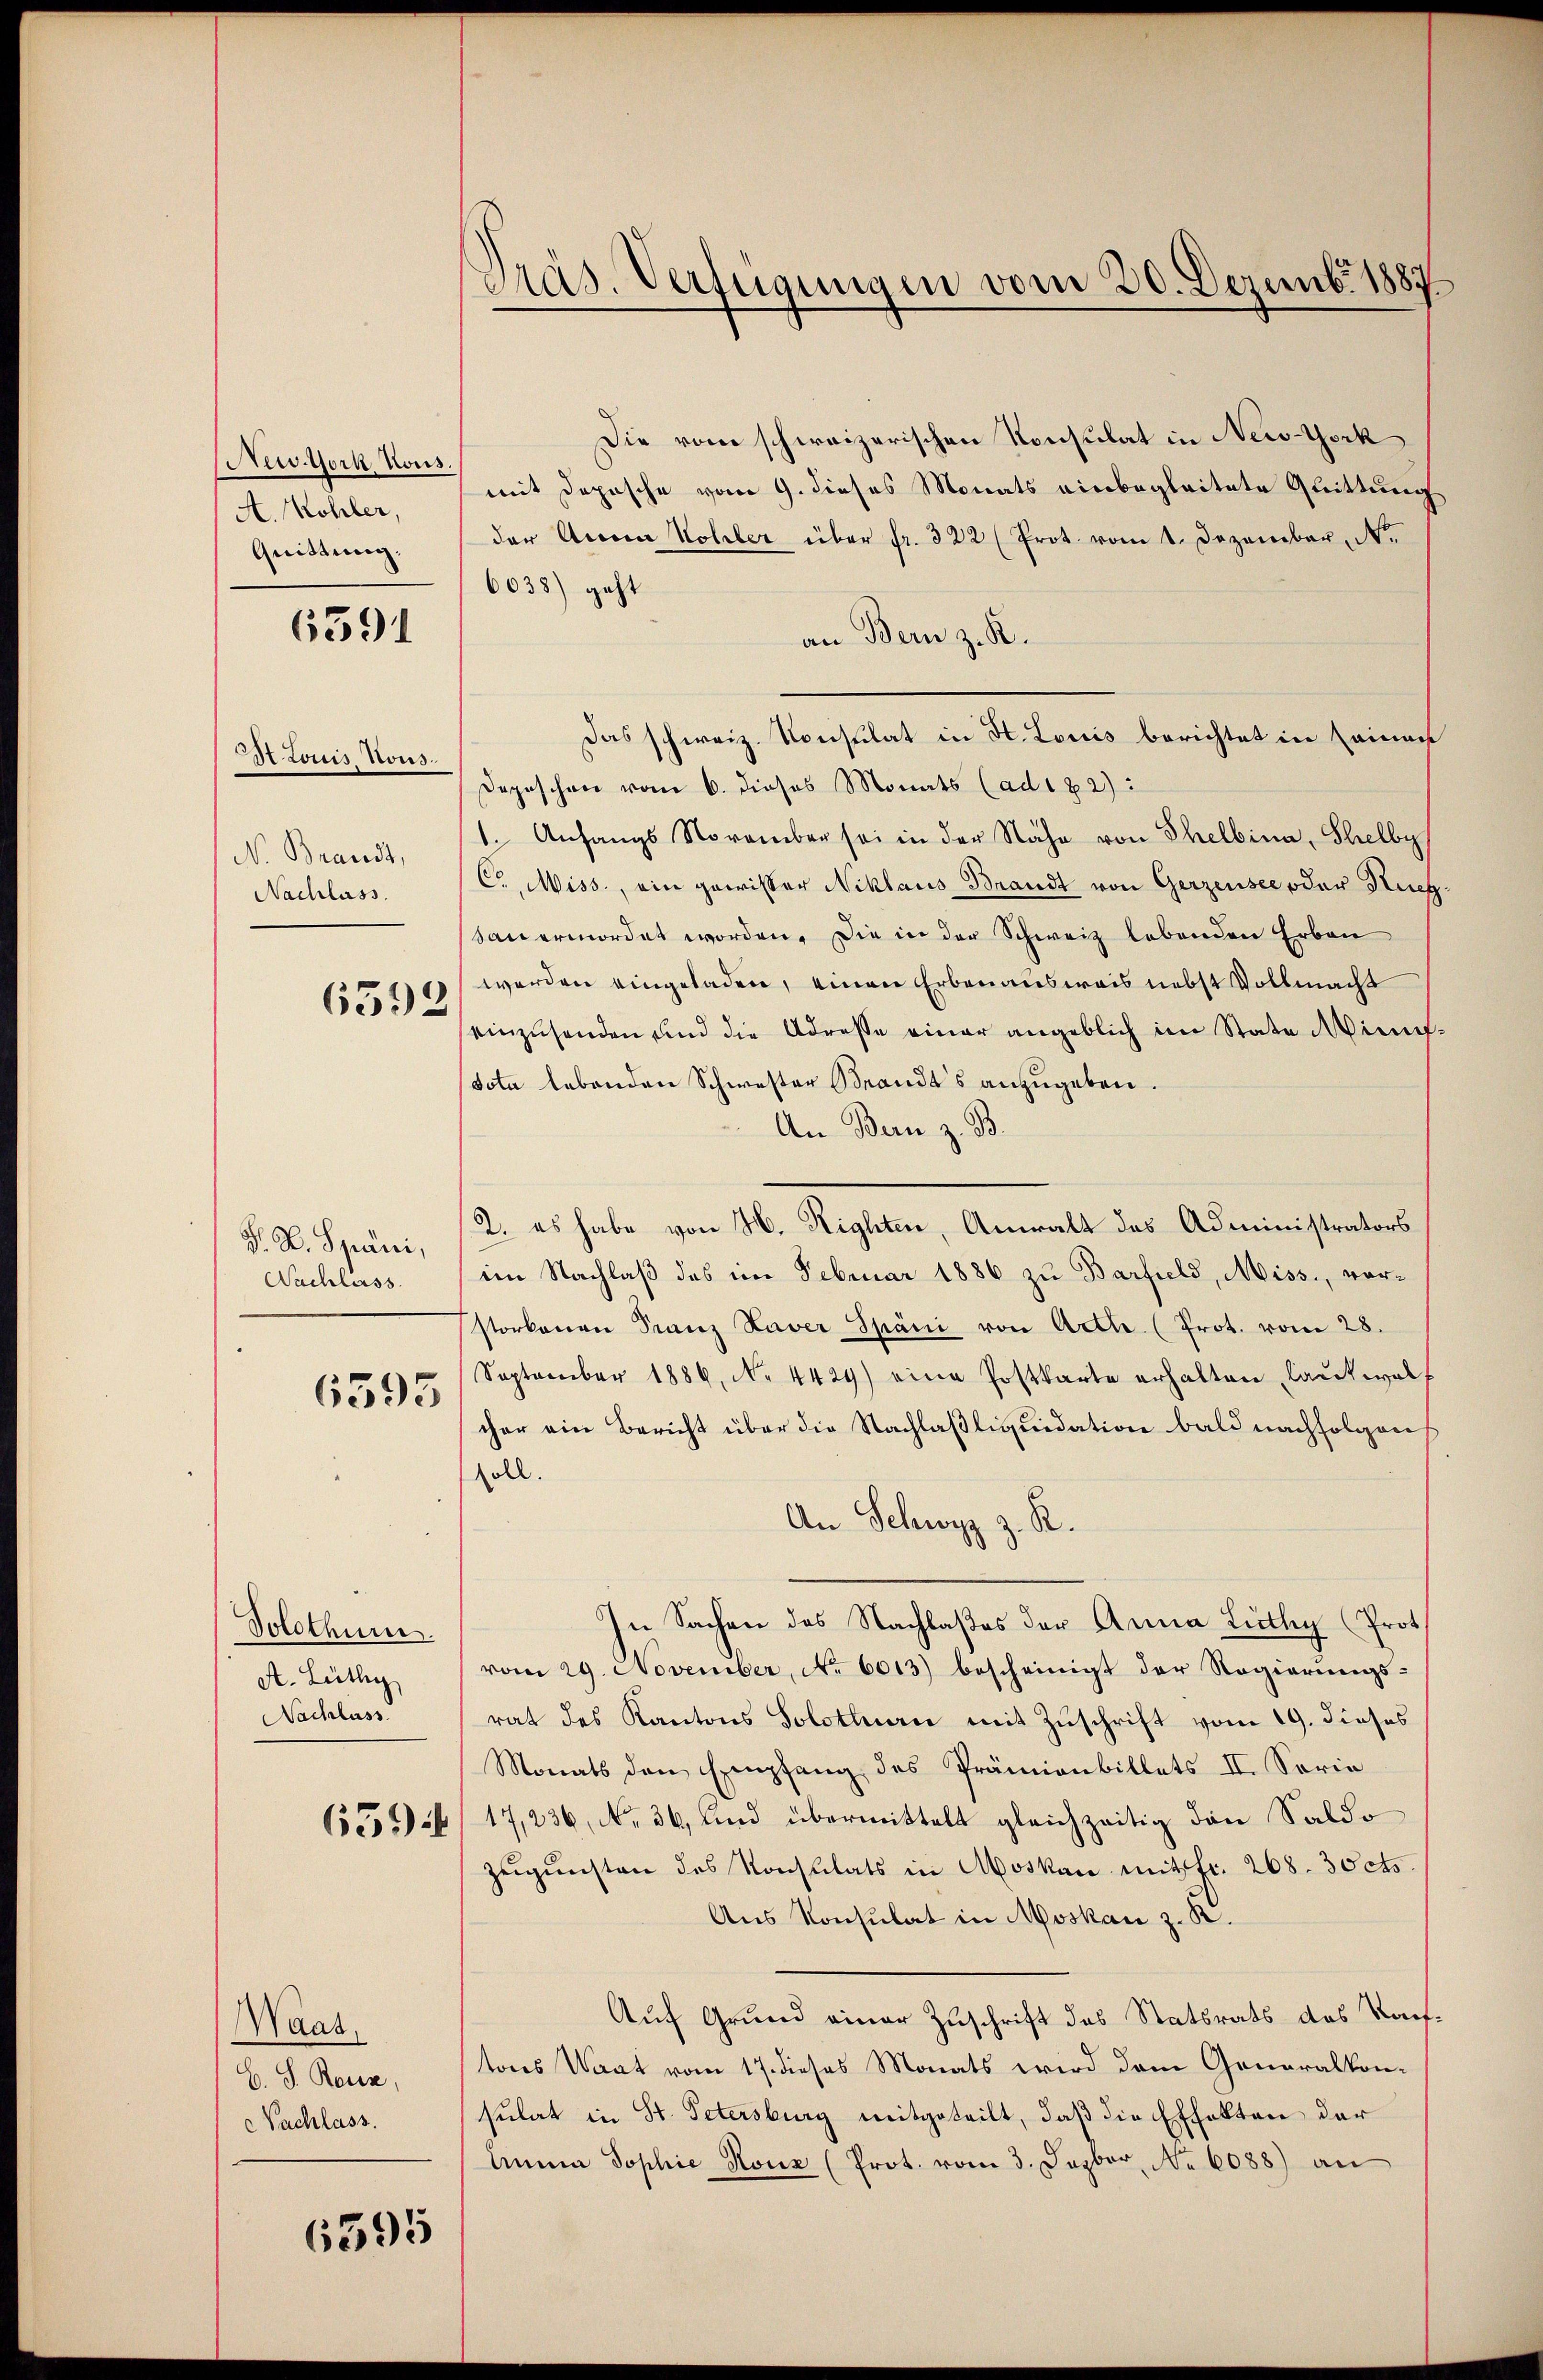
New York Kous.
A. Kohler,
Quittung.

6391

St Louis Nous.
N. Brandt,
Nachlass.

6592

S. K. Spani,
Nachlass

6395

Solothum.
A. Lüthy
Nachlass

Waat,
C. S. Reue,
Nachlass.

Die vom schweizerischen Konsulat in New-York
mit Depesche vom 9. dieses Monats einbegleitete Quittung
der Anna Kohler über fr. 322 (Prot. vom 1. Dezember Nr.
6038) geht
an Bern z. K.
Das schweiz. Konsulat in St. Louis berichtet in seinan
Depeschen vom 6. dieses Monats (ad182):
1. Anfangs November sei in der Nähe von Schelbina, Schelby
C. Miss, ein gewisser Niklaus Brandt von Gerzensee oder Nie
sau ermordet worden. Die in der Schweiz lebenden Erben
werden eingeladen, einen Erbenausweis nebst Vollmacht
einzŭsenden und die Adresse einer angeblich im State Mini-
sota lebenden Schwester Brandts anzugeben.
An Bern z. B.
2. es habe von H. Righten, Anwalt des Administrators
im Nachlaß des im Februar 1886 zu Barfield, Miss, vorstorbenen Franz Xaver Spani von Arth (Prot. vom 28.
September 1886, No. 4429) eine Postkarte erhalten, laut woll
cher ein Bericht über die Nachlaßliquidation bald nachfolgen
soll.
An Schwyz z. R.
In Sachen des Nachlaßes der Anna Lüthy (Prot
vom 29. November, No 6013) bescheinigt der Regierungs-
rat des Kantons Solothurn mit Zuschrift vom 19. dieses
Monats den Empfang des Prämienbillets II. Serie
65556/17,236, No. 36, und übermittelt gleichzeitig dann Saldo
Zŭgŭnsten des Konsulats in Moskau mit fr. 268. 30 cts.
Aus Konsulat in Moskau z. R.
Auf Grund einer Zuschrift des Statsrats des Kauf.
tores Waat vom 17. dieses Monats wird dem Generalkonsulat in St. Petersburg mitgeteilt, daß die Effekten der
Anna Sophie Konz (Prot. vom 3. Dezbor No 6088) an

6595

Präs. Verfügungen vom 20. Dezemb. 1887